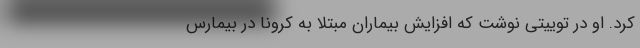
کرد. او در توییتی نوشت که افزایش بیماران مبتلا به کرونا در بیمارس